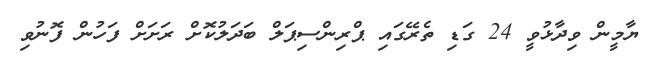
ޔާމީން ވިދާޅުވީ 24 ގަޑި ތެރޭގައި ޕްރިންސިޕަލް ބަދަލުކޮށް ރަށަށް ފަހުން ފޮނުވި